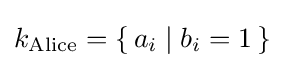
k_{\text{Alice}}=\{\,a_{i}\mid b_{i}=1\,\}